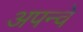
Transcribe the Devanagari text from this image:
अपन्वे